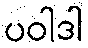
ပဝါဒါ